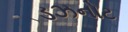
ડઝનોટ